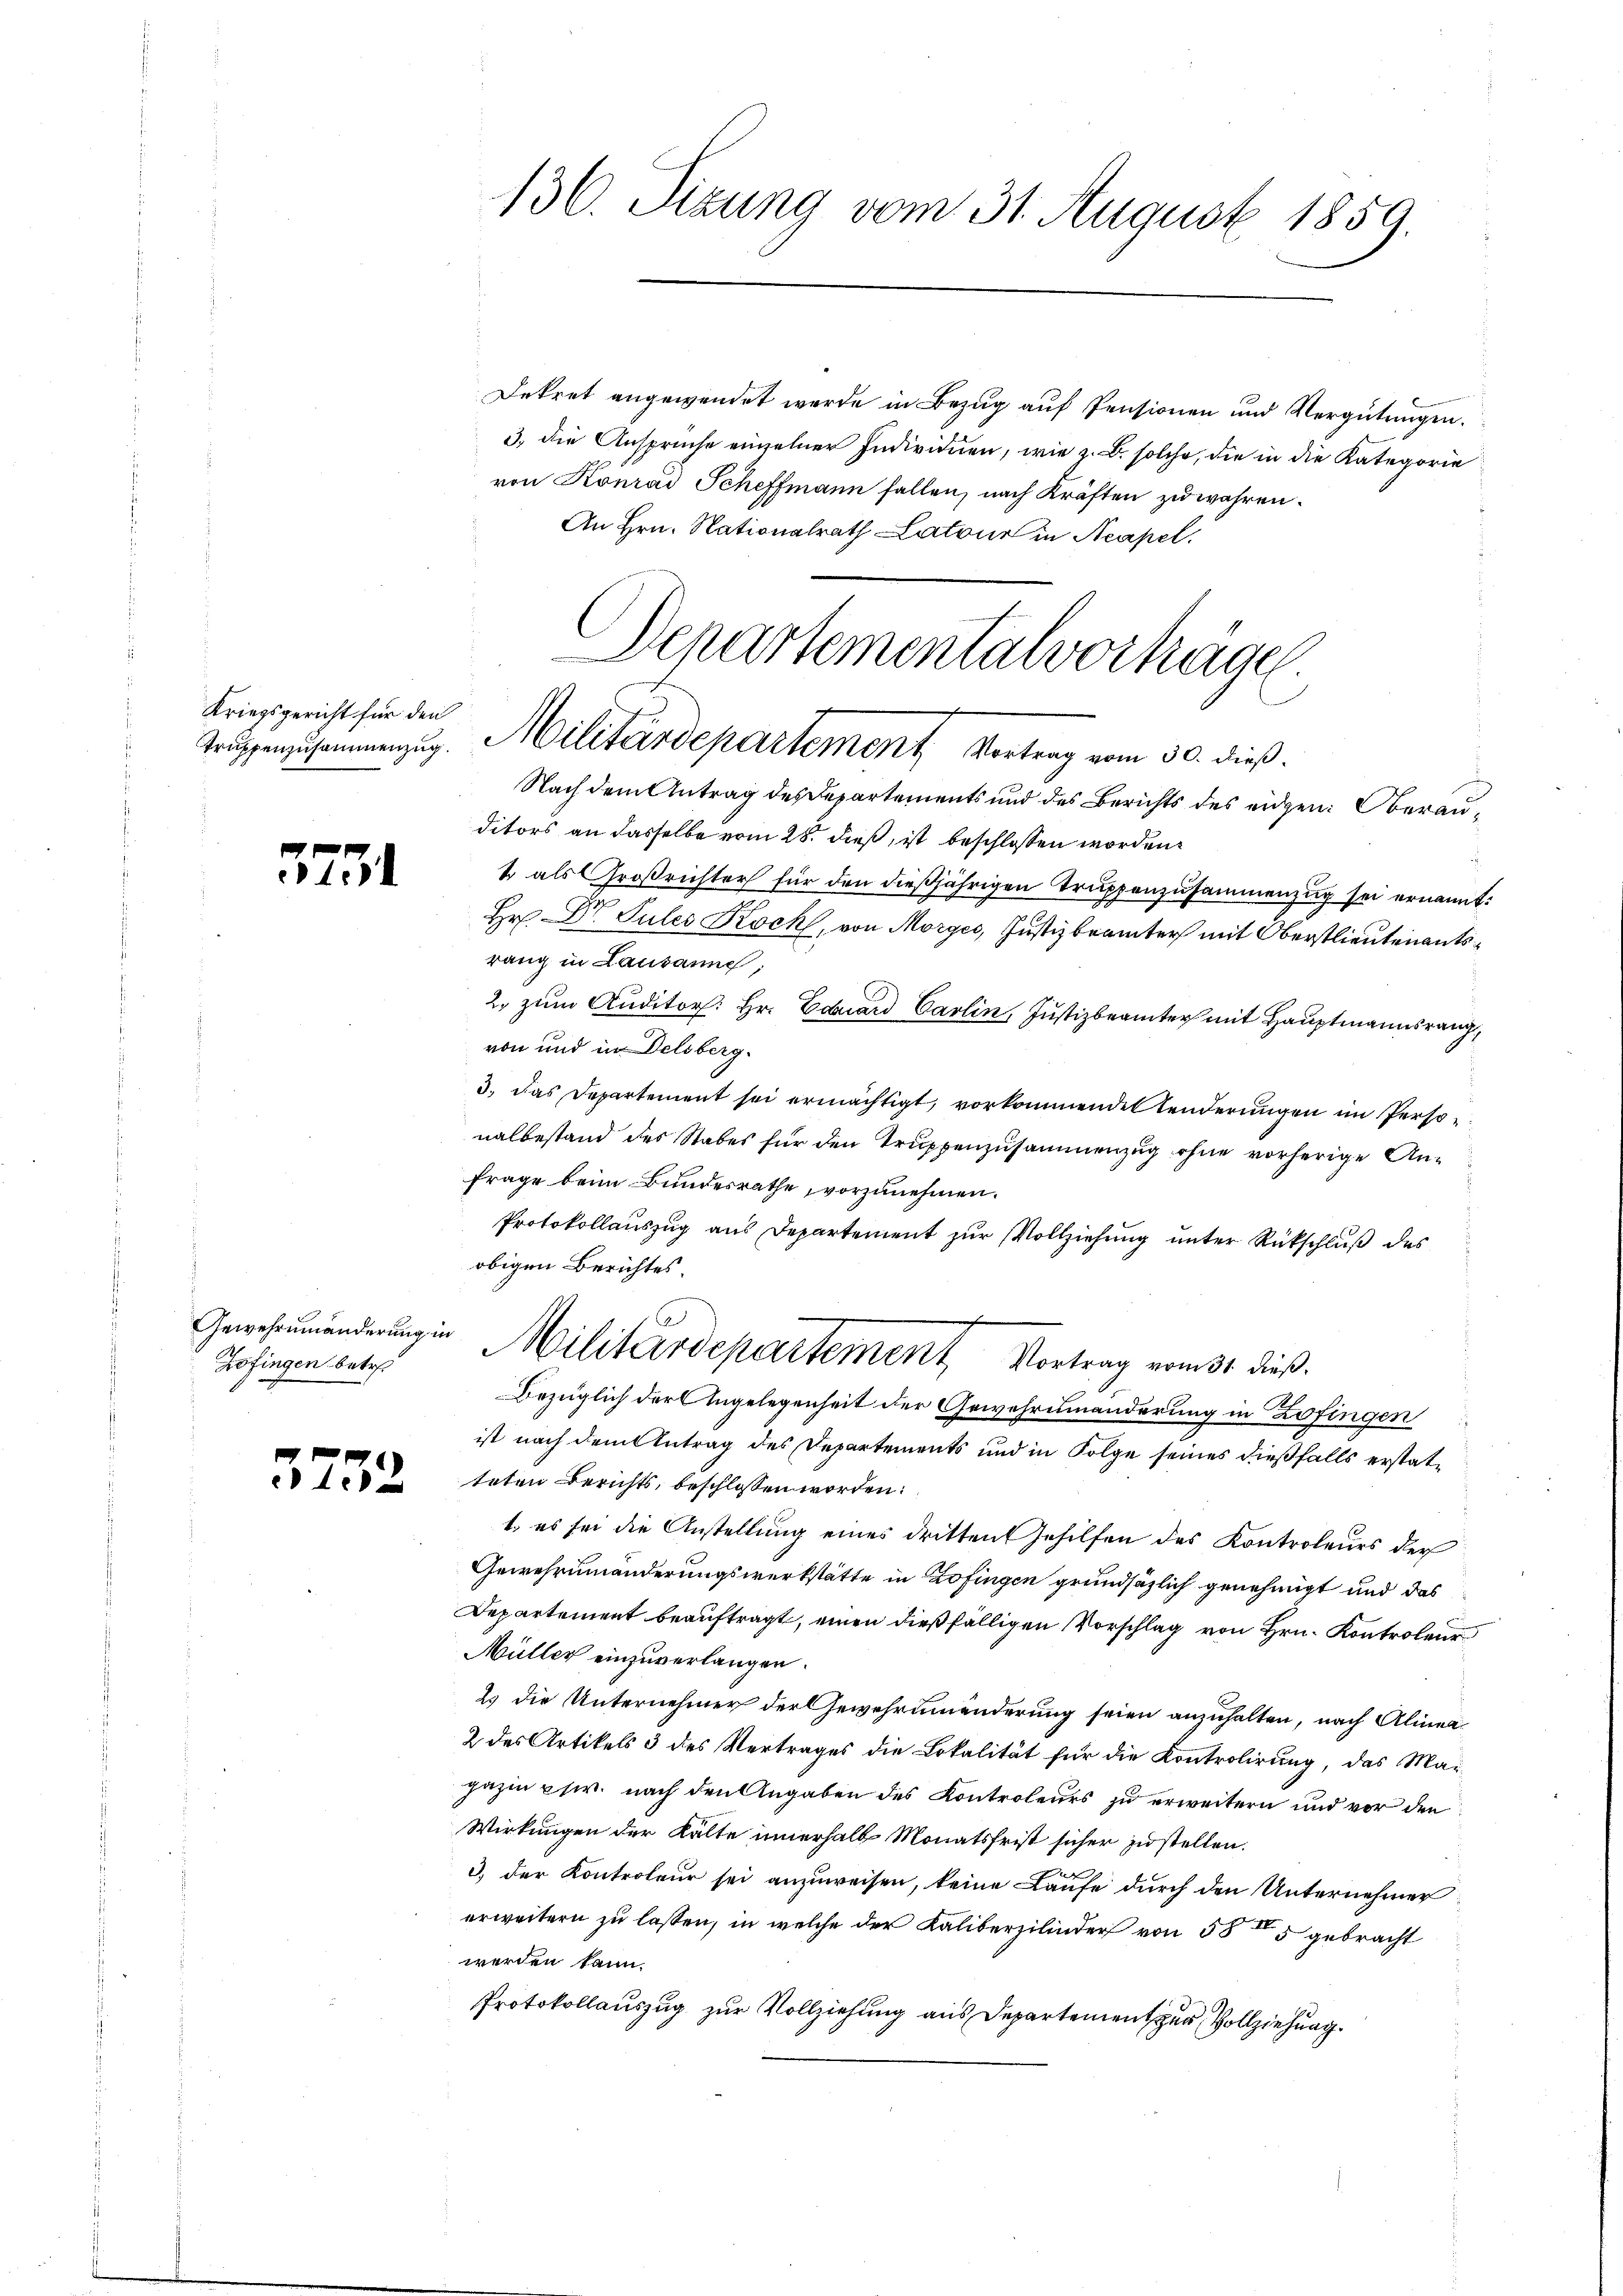
Kriegsgericht für den

5771

Zofingen betr.

3232

136. Sizung vom 31. August 1859.

Dekret angewendet werde in Bezug auf Pensionen und Vergütungen.
3. die Ansprüche einzelner Individuen, wie z. B. solche, die in die Kategorie
von Konrad Scheffmann fallen, nach Kräften zu wahren.
An Hrn. Nationalrath Latone in Neapel.
Nach dem Antrag des Departements und des Berichts des eidgen: Oberauditors an dasselbe vom 28. dieß, ist beschlossen worden.
& als Großrichter für den dießjährigen Truppenzusammenzug sei ernannt:
Hr Dr. Sules Koch, von Morges, Justizbeamter mit Oberstlieutenantsrang in Lausannes,
2. zum Auditors. Hr. Eduard Carlin, Justizbeamter mit Hauptmannsrang,
von und in Delsberg.
3., das Departement sei ermächtigt, vorkommende Tenderungen im Personalbestand des Stabes für den Truppenzusammenzug ohne vorherige Anfrage beim Bundesrathe, vorzunehmen.
Protokollauszug aus Departement zur Vollziehung unter Rückschluß des
obigen Berichtes.
Gewehemänderung in Militärdepartement Vortrag vom 31. dieß.
Bezüglich der Angelegenheit der Gewehrumänderung in Zofingen
ist nach dem Antrag des Departements und in Folge seines dießfalls erstatteten Berichts, beschlossen worden:
1. es sei die Anstellung eines dritten Gehilfen des Kontroleurs der
Gewehrumänderungswerkstätte in Zofingen grundsätzlich genehmigt und das
Departement beauftragt, einen dießfälligen Vorschlag von Hrn. Kontrol
Müller einzuverlangen.
2. die Unternehmer der Gewehrunnenderung seien anzuhalten, nach Alinea
2 des Artikels 3 des Vertrages die Lokalität für die Kontrolirung, das Ma-
gazin usw. nach den Angaben des Kontroleurs zu erweitern und vor den
Wirkungen der Kalte innerhalb Monatsfrist sicher zustellen.
3) der Kontroleur sei anzuweisen, keine Laufe durch den Unternehmer
erweitern zu lassen, in welche der Kaliberzilinder von 58 5 gebracht
werden kann.
Protokollauszug zur Vollziehung aus Departement zur Vollziehung

Departementalverhäge
Truppenzusammenzug. Militärdepartement Vortrag vom 30. dieß.